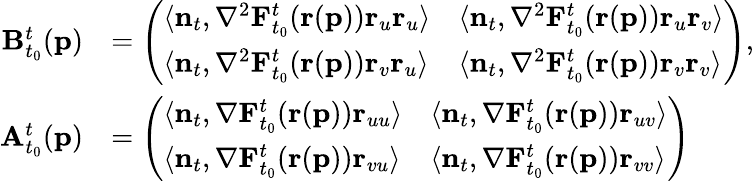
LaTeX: \begin{array}{rl}{\mathbf{B}_{t_{0}}^{t}(\mathbf{p})}&{=\left(\begin{array}{ll}{\langle\mathbf{n}_{t},\mathbf{\nabla}^{2}\mathbf{F}_{t_{0}}^{t}(\mathbf{r}(\mathbf{p}))\mathbf{r}_{u}\mathbf{r}_{u}\rangle}&{\langle\mathbf{n}_{t},\mathbf{\nabla}^{2}\mathbf{F}_{t_{0}}^{t}(\mathbf{r}(\mathbf{p}))\mathbf{r}_{u}\mathbf{r}_{v}\rangle}\\ {\langle\mathbf{n}_{t},\mathbf{\nabla}^{2}\mathbf{F}_{t_{0}}^{t}(\mathbf{r}(\mathbf{p}))\mathbf{r}_{v}\mathbf{r}_{u}\rangle}&{\langle\mathbf{n}_{t},\mathbf{\nabla}^{2}\mathbf{F}_{t_{0}}^{t}(\mathbf{r}(\mathbf{p}))\mathbf{r}_{v}\mathbf{r}_{v}\rangle}\end{array}\right),}\\ {\mathbf{A}_{t_{0}}^{t}(\mathbf{p})}&{=\left(\begin{array}{ll}{\langle\mathbf{n}_{t},\mathbf{\nabla}\mathbf{F}_{t_{0}}^{t}(\mathbf{r}(\mathbf{p}))\mathbf{r}_{uu}\rangle}&{\langle\mathbf{n}_{t},\mathbf{\nabla}\mathbf{F}_{t_{0}}^{t}(\mathbf{r}(\mathbf{p}))\mathbf{r}_{uv}\rangle}\\ {\langle\mathbf{n}_{t},\mathbf{\nabla}\mathbf{F}_{t_{0}}^{t}(\mathbf{r}(\mathbf{p}))\mathbf{r}_{vu}\rangle}&{\langle\mathbf{n}_{t},\mathbf{\nabla}\mathbf{F}_{t_{0}}^{t}(\mathbf{r}(\mathbf{p}))\mathbf{r}_{vv}\rangle}\end{array}\right)}\end{array}